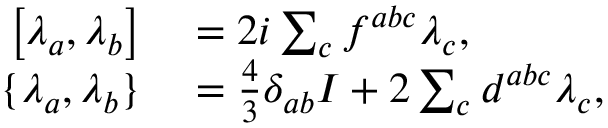
\begin{array} { r l } { \left[ \lambda _ { a } , \lambda _ { b } \right] } & { { } = 2 i \sum _ { c } f ^ { a b c } \lambda _ { c } , } \\ { \{ \lambda _ { a } , \lambda _ { b } \} } & { { } = { \frac { 4 } { 3 } } \delta _ { a b } I + 2 \sum _ { c } d ^ { a b c } \lambda _ { c } , } \end{array}